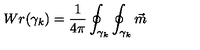
W r ( \gamma _ { k } ) = \frac 1 { 4 \pi } \oint _ { \gamma _ { k } } \oint _ { \gamma _ { k } } \vec { m }